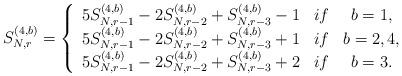
LaTeX: \begin{align*}S_{N,r}^{(4,b)}=\left\{ \begin{array}{ccc}5S_{N,r-1}^{(4,b)}-2S_{N,r-2}^{(4,b)}+S_{N,r-3}^{(4,b)}-1 & if & b=1, \\ 5S_{N,r-1}^{(4,b)}-2S_{N,r-2}^{(4,b)}+S_{N,r-3}^{(4,b)}+1 & if & b=2,4, \\ 5S_{N,r-1}^{(4,b)}-2S_{N,r-2}^{(4,b)}+S_{N,r-3}^{(4,b)}+2& if & b=3. \end{array}\right.\end{align*}